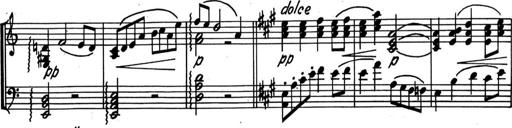
Title: Kleine Sonate
Composer: Raoul Koczalski
Key: C major